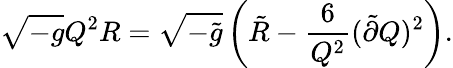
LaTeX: \sqrt{-g}Q^{2}R=\sqrt{-\tilde{g}}\left(\tilde{R}-\frac{6}{Q^{2}}(\tilde{\partial}Q)^{2}\right).